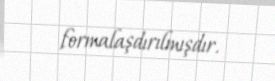
formalaşdırılmışdır.